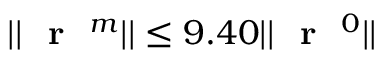
| | \textrm { \textbf { r } } ^ { m } | | \leq 9 . 4 0 | | \textrm { \textbf { r } } ^ { 0 } | |